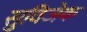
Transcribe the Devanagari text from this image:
सुविजेक